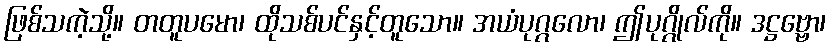
ဖြစ်သကဲ့သို့။ တတူပမော၊ ထိုသစ်ပင်နှင့်တူသော။ အယံပုဂ္ဂလော၊ ဤပုဂ္ဂိုလ်ကို။ ဒဋ္ဌဗ္ဗော၊